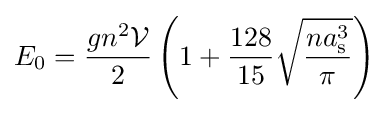
E_{0}={\frac {gn^{2}{\mathcal {V}}}{2}}\left(1+{\frac {128}{15}}{\sqrt {\frac {na_{\mathrm {s} }^{3}}{\pi }}}\right)